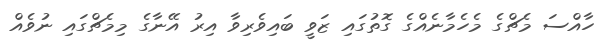
ހާއްސަ މެޗްގެ މެހެމާނެއްގެ ގޮތުގައި ޒަވީ ބައިވެރިވާ އިރު އޭނާގެ މިމެޗްގައި ނުވެއް